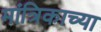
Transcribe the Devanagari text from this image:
मांत्रिकाच्या